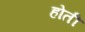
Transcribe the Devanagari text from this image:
होती